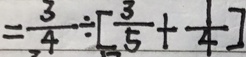
= \frac { 3 } { 4 } \div [ \frac { 3 } { 5 } + \frac { 1 } { 4 } ]